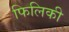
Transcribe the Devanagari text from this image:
फिलिकी